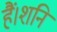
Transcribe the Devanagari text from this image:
हैं।शनि